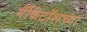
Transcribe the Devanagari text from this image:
मॅकिंटॉशच्या